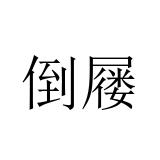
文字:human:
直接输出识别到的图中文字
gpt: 倒屦